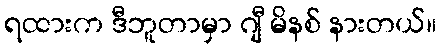
ရထားက ဒီဘူတာမှာ ဂျီ မိနစ် နားတယ်။